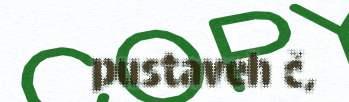
pustaveh č,